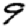
Digit: 9